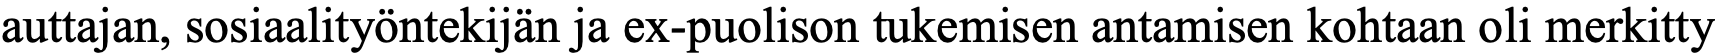
auttajan, sosiaalityöntekijän ja ex-puolison tukemisen antamisen kohtaan oli merkitty